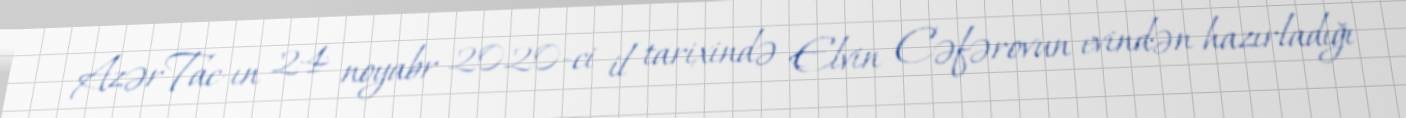
AzərTac-ın 24 noyabr 2020-ci il tarixində Elvin Cəfərovun evindən hazırladığı